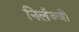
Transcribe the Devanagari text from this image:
निर्लज्जौ